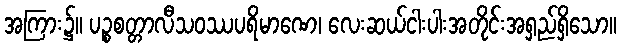
အကြား၌။ ပဉ္စစတ္တာလီသဝဿပရိမာဏေ၊ လေးဆယ်ငါးပါးအတိုင်းအရှည်ရှိသော။